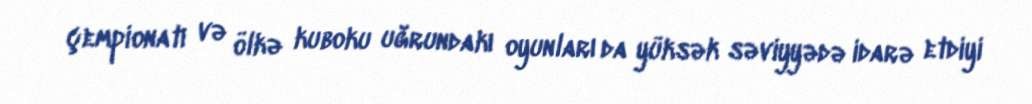
çempionatı və ölkə kuboku uğrundakı oyunları da yüksək səviyyədə idarə etdiyi